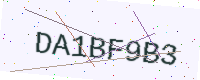
Text: DA1BF9B3